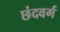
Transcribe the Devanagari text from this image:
छंदवर्ग